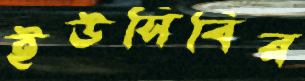
ইউসিবির